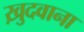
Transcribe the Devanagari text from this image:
ख़ुदवाना